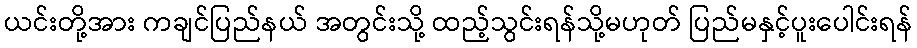
ယင်းတို့အား ကချင်ပြည်နယ် အတွင်းသို့ ထည့်သွင်းရန်သို့မဟုတ် ပြည်မနှင့်ပူးပေါင်းရန်